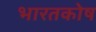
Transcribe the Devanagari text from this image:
भारतकोष